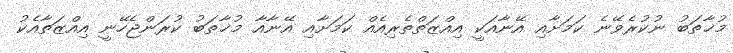
މުޚާތަބު ނުކުރެވޭނެ ކަމަށާއި އޭނާއަކީ އިއްޒަތްތެރިއެއް ކަމަށާއި އޭނާއާ މުޚާތަބު ކުރަންޖެހޭނީ އިއްޒަތާއެކު